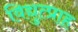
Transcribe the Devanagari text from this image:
विद्युत्प्राह